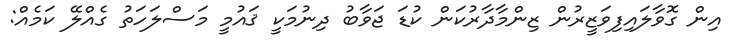
އިން ގޮވާލައިފިވަޒީރުން ޒިންމާދާރުކަން ކުޑަ ޖަވާބު ދިނުމަކީ ޤައުމީ މަސްލަހަތު ގެއްލޭ ކަމެއް: